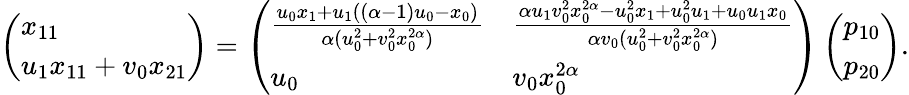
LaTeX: \left(\begin{array}{l}{x_{11}}\\ {u_{1}x_{11}+v_{0}x_{21}}\end{array}\right)=\left(\begin{array}{ll}{\frac{u_{0}x_{1}+u_{1}((\alpha-1)u_{0}-x_{0})}{\alpha(u_{0}^{2}+v_{0}^{2}x_{0}^{2\alpha})}}&{\frac{\alpha u_{1}v_{0}^{2}x_{0}^{2\alpha}-u_{0}^{2}x_{1}+u_{0}^{2}u_{1}+u_{0}u_{1}x_{0}}{\alpha v_{0}(u_{0}^{2}+v_{0}^{2}x_{0}^{2\alpha})}}\\ {u_{0}}&{v_{0}x_{0}^{2\alpha}}\end{array}\right)\left(\begin{array}{l}{p_{10}}\\ {p_{20}}\end{array}\right).